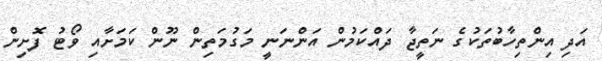
އަދި އިންތިހާބުތަކުގެ ނަތީޖާ ދައްކަމުން އަންނަނީ މަގުމަތިން ނޫން ކަމަށާއި ވޯޓު ފޮށިން